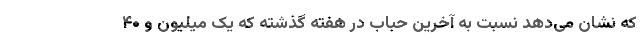
که نشان می‌دهد نسبت به آخرین حباب در هفته گذشته که یک میلیون و ۴۰